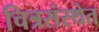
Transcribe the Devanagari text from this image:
चित्रसंस्थेत